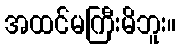
အထင်မကြီးမိဘူး။